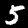
Digit: 5